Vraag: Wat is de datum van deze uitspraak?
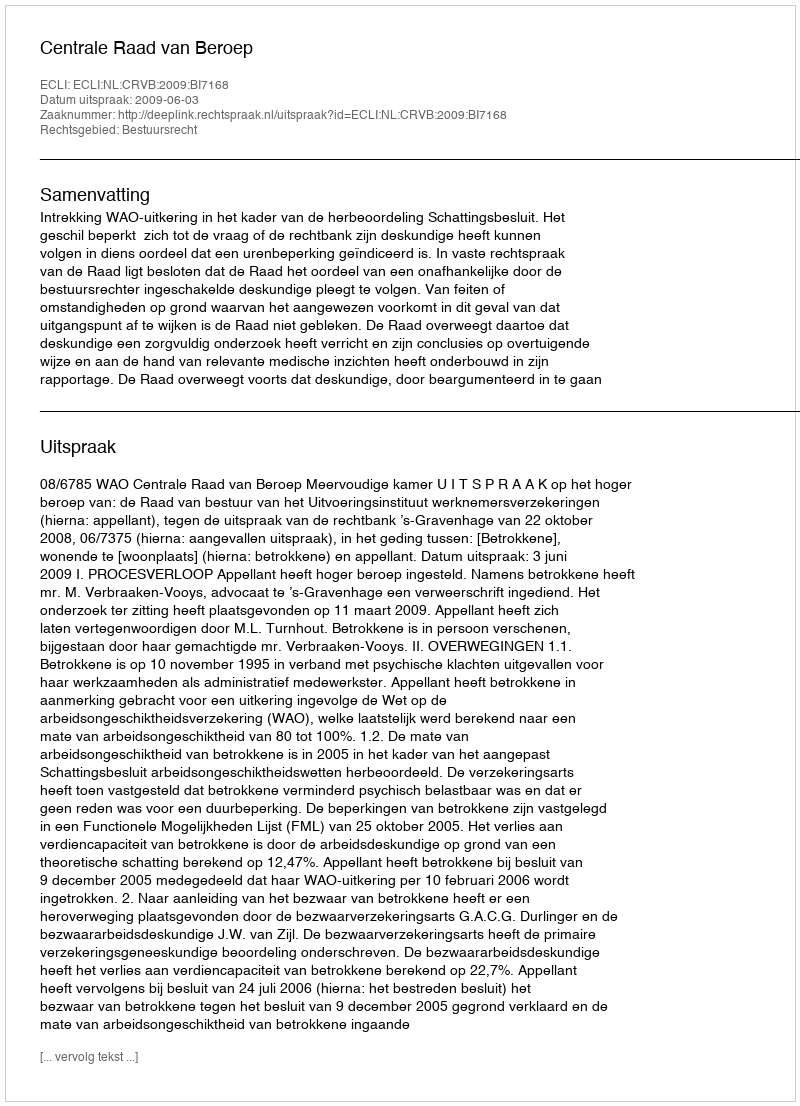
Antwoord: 2009-06-03